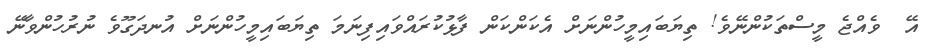
އޭ  ވެއްޖެ މީސްތަކުންނޭވެ! ތިޔަބައިމީހުންނަށް އެކަންކަން ފާޅުކުރައްވައިފިނަމަ ތިޔަބައިމީހުންނަށް އުނދަގޫވެ ނުރުހުންވާނޭ